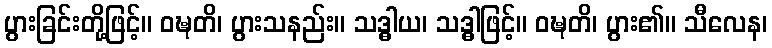
ပွားခြင်းတို့ဖြင့်။ ဝဍ္ဎတိ၊ ပွားသနည်း။ သဒ္ဓါယ၊ သဒ္ဓါဖြင့်။ ဝဍ္ဎတိ၊ ပွား၏။ သီလေန၊